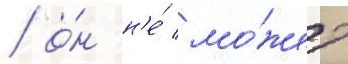
/ о́н н'е́ мо́жет